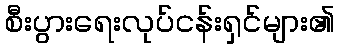
စီးပွားရေးလုပ်ငန်းရှင်များ၏